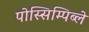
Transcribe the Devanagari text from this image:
पोस्सिम्पिब्ले